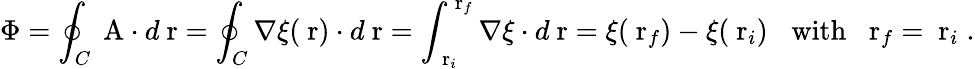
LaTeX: \Phi=\oint_{C}\mathrm{\mathbf~A}\cdot d\mathrm{\mathbf~r}=\oint_{C}\nabla\xi(\mathrm{\mathbf~r})\cdot d\mathrm{\mathbf~r}=\int_{\mathrm{\mathbf~r}_{i}}^{\mathrm{\mathbf~r}_{f}}\nabla\xi\cdot d\mathrm{\mathbf~r}=\xi(\mathrm{\mathbf~r}_{f})-\xi(\mathrm{\mathbf~r}_{i})\; \; \; \mathrm{with}\; \; \mathrm{\mathbf~r}_{f}=\mathrm{\mathbf~r}_{i}\; .